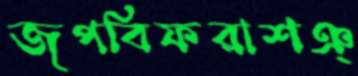
জপবিফরাশঞ্